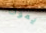
يموت